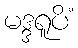
မဒ္ဒရူပိံ